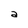
Character: a